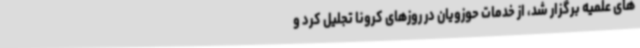
های علمیه برگزار شد، از خدمات حوزویان در روزهای کرونا تجلیل کرد و